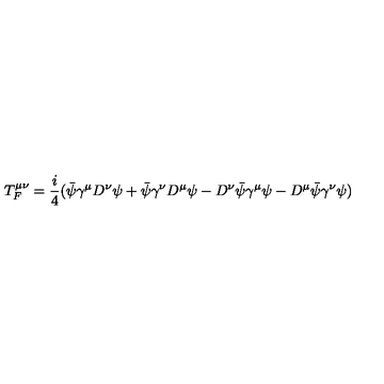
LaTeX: T _ { F } ^ { \mu \nu } = \frac { i } { 4 } ( \bar { \psi } \gamma ^ { \mu } D ^ { \nu } \psi + \bar { \psi } \gamma ^ { \nu } D ^ { \mu } \psi - D ^ { \nu } \bar { \psi } \gamma ^ { \mu } \psi - D ^ { \mu } \bar { \psi } \gamma ^ { \nu } \psi )